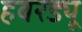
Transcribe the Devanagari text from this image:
हबरड्यू